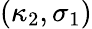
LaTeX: (\kappa_{2},\sigma_{1})